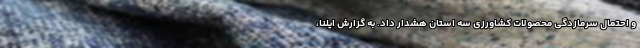
و احتمال سرمازدگی محصولات کشاورزی سه استان هشدار داد. به گزارش ایلنا،